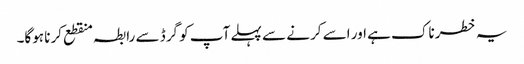
یہ خطرناک ہے اور اسے کرنے سے پہلے آپ کو گرڈ سے رابطہ منقطع کرنا ہوگا۔